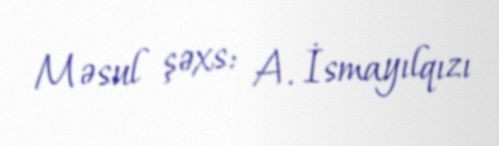
Məsul şəxs: A. İsmayılqızı